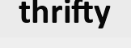
thrifty